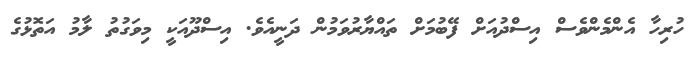
ހުރިހާ އެންމެންވެސް އިސްދުއަށް ފޭބުމަށް ތައްޔާރުވަމުން ދަނީއެވެ. އިސްދޫއަކީ މިވަގުތު ލާމު އަތޮޅުގެ